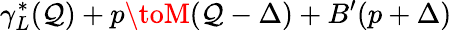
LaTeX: \gamma_{L}^{*}(\mathcal{Q})+p\toM(\mathcal{Q}-\Delta)+B^{\prime}(p+\Delta)